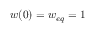
w ( 0 ) = w _ { e q } = 1